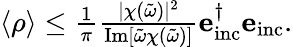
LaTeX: \begin{array}{r}{\langle\rho\rangle\leq\frac{1}{\pi}\frac{|\chi(\tilde{\omega})|^{2}}{\operatorname{Im}[\tilde{\omega}\chi(\tilde{\omega})]}\mathbf{e}_{\mathrm{inc}}^{\dagger}\mathbf{e}_{\mathrm{inc}}.}\end{array}